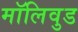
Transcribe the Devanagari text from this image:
मॉलिवुड